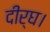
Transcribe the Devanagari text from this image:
दीर्घ।